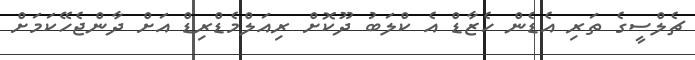
ޗެލްސީގެ ތަރި އެޑެން ހެޒާޑް އެ ކްލަބު ދޫކޮށް ރިއަލްމެޑްރިޑް އަށް ދާންޖެހޭކަމަށް